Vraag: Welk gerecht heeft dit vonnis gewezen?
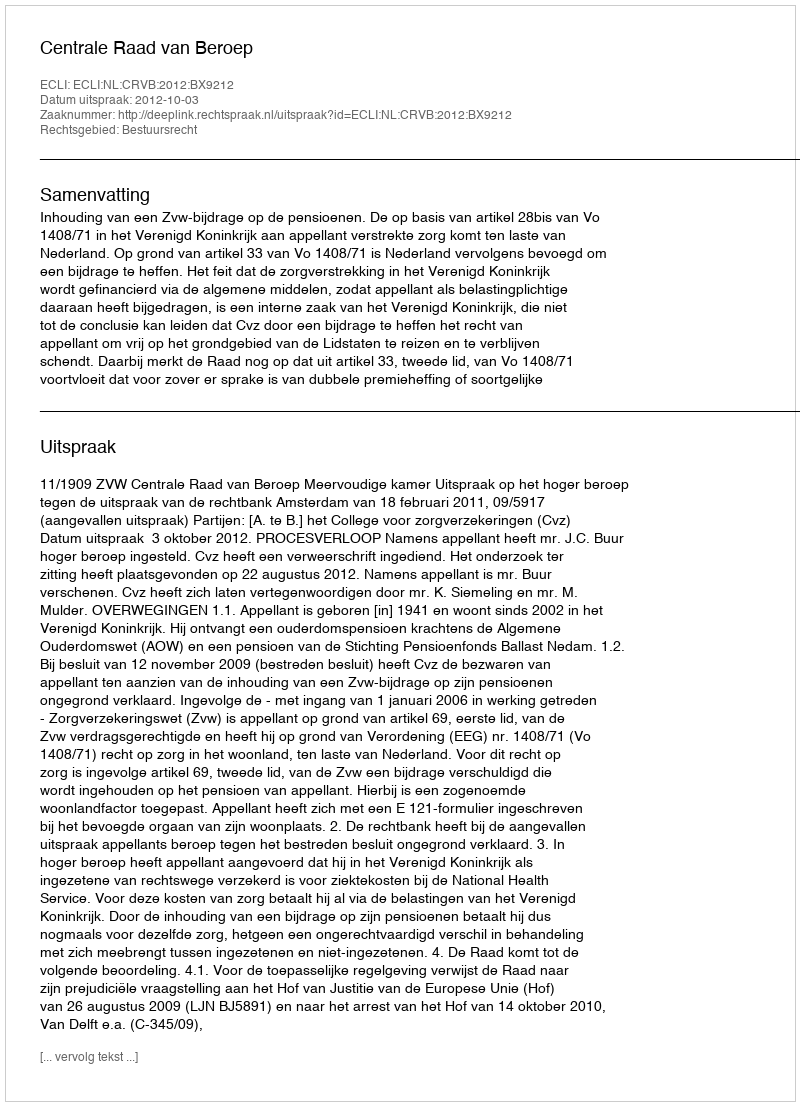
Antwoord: Centrale Raad van Beroep